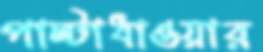
পাল্টাধাওয়ার